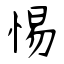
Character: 惕